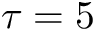
\tau = 5